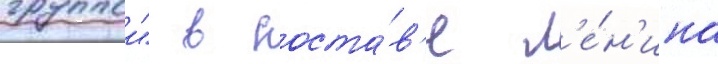
группои" в соста́в'е л'е́н'ина